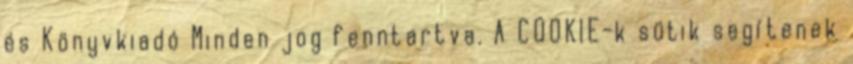
és Könyvkiadó Minden jog fenntartva. A COOKIE-k sütik segítenek